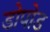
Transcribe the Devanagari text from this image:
डोपोड